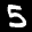
Label: 5